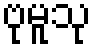
ဗုမူသု